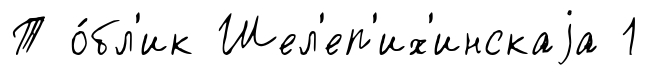
Т о́бл'ик Шел'еп'их'инскаjа 1